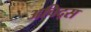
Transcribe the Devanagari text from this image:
अचिद्स